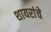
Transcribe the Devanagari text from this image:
शायरांचे